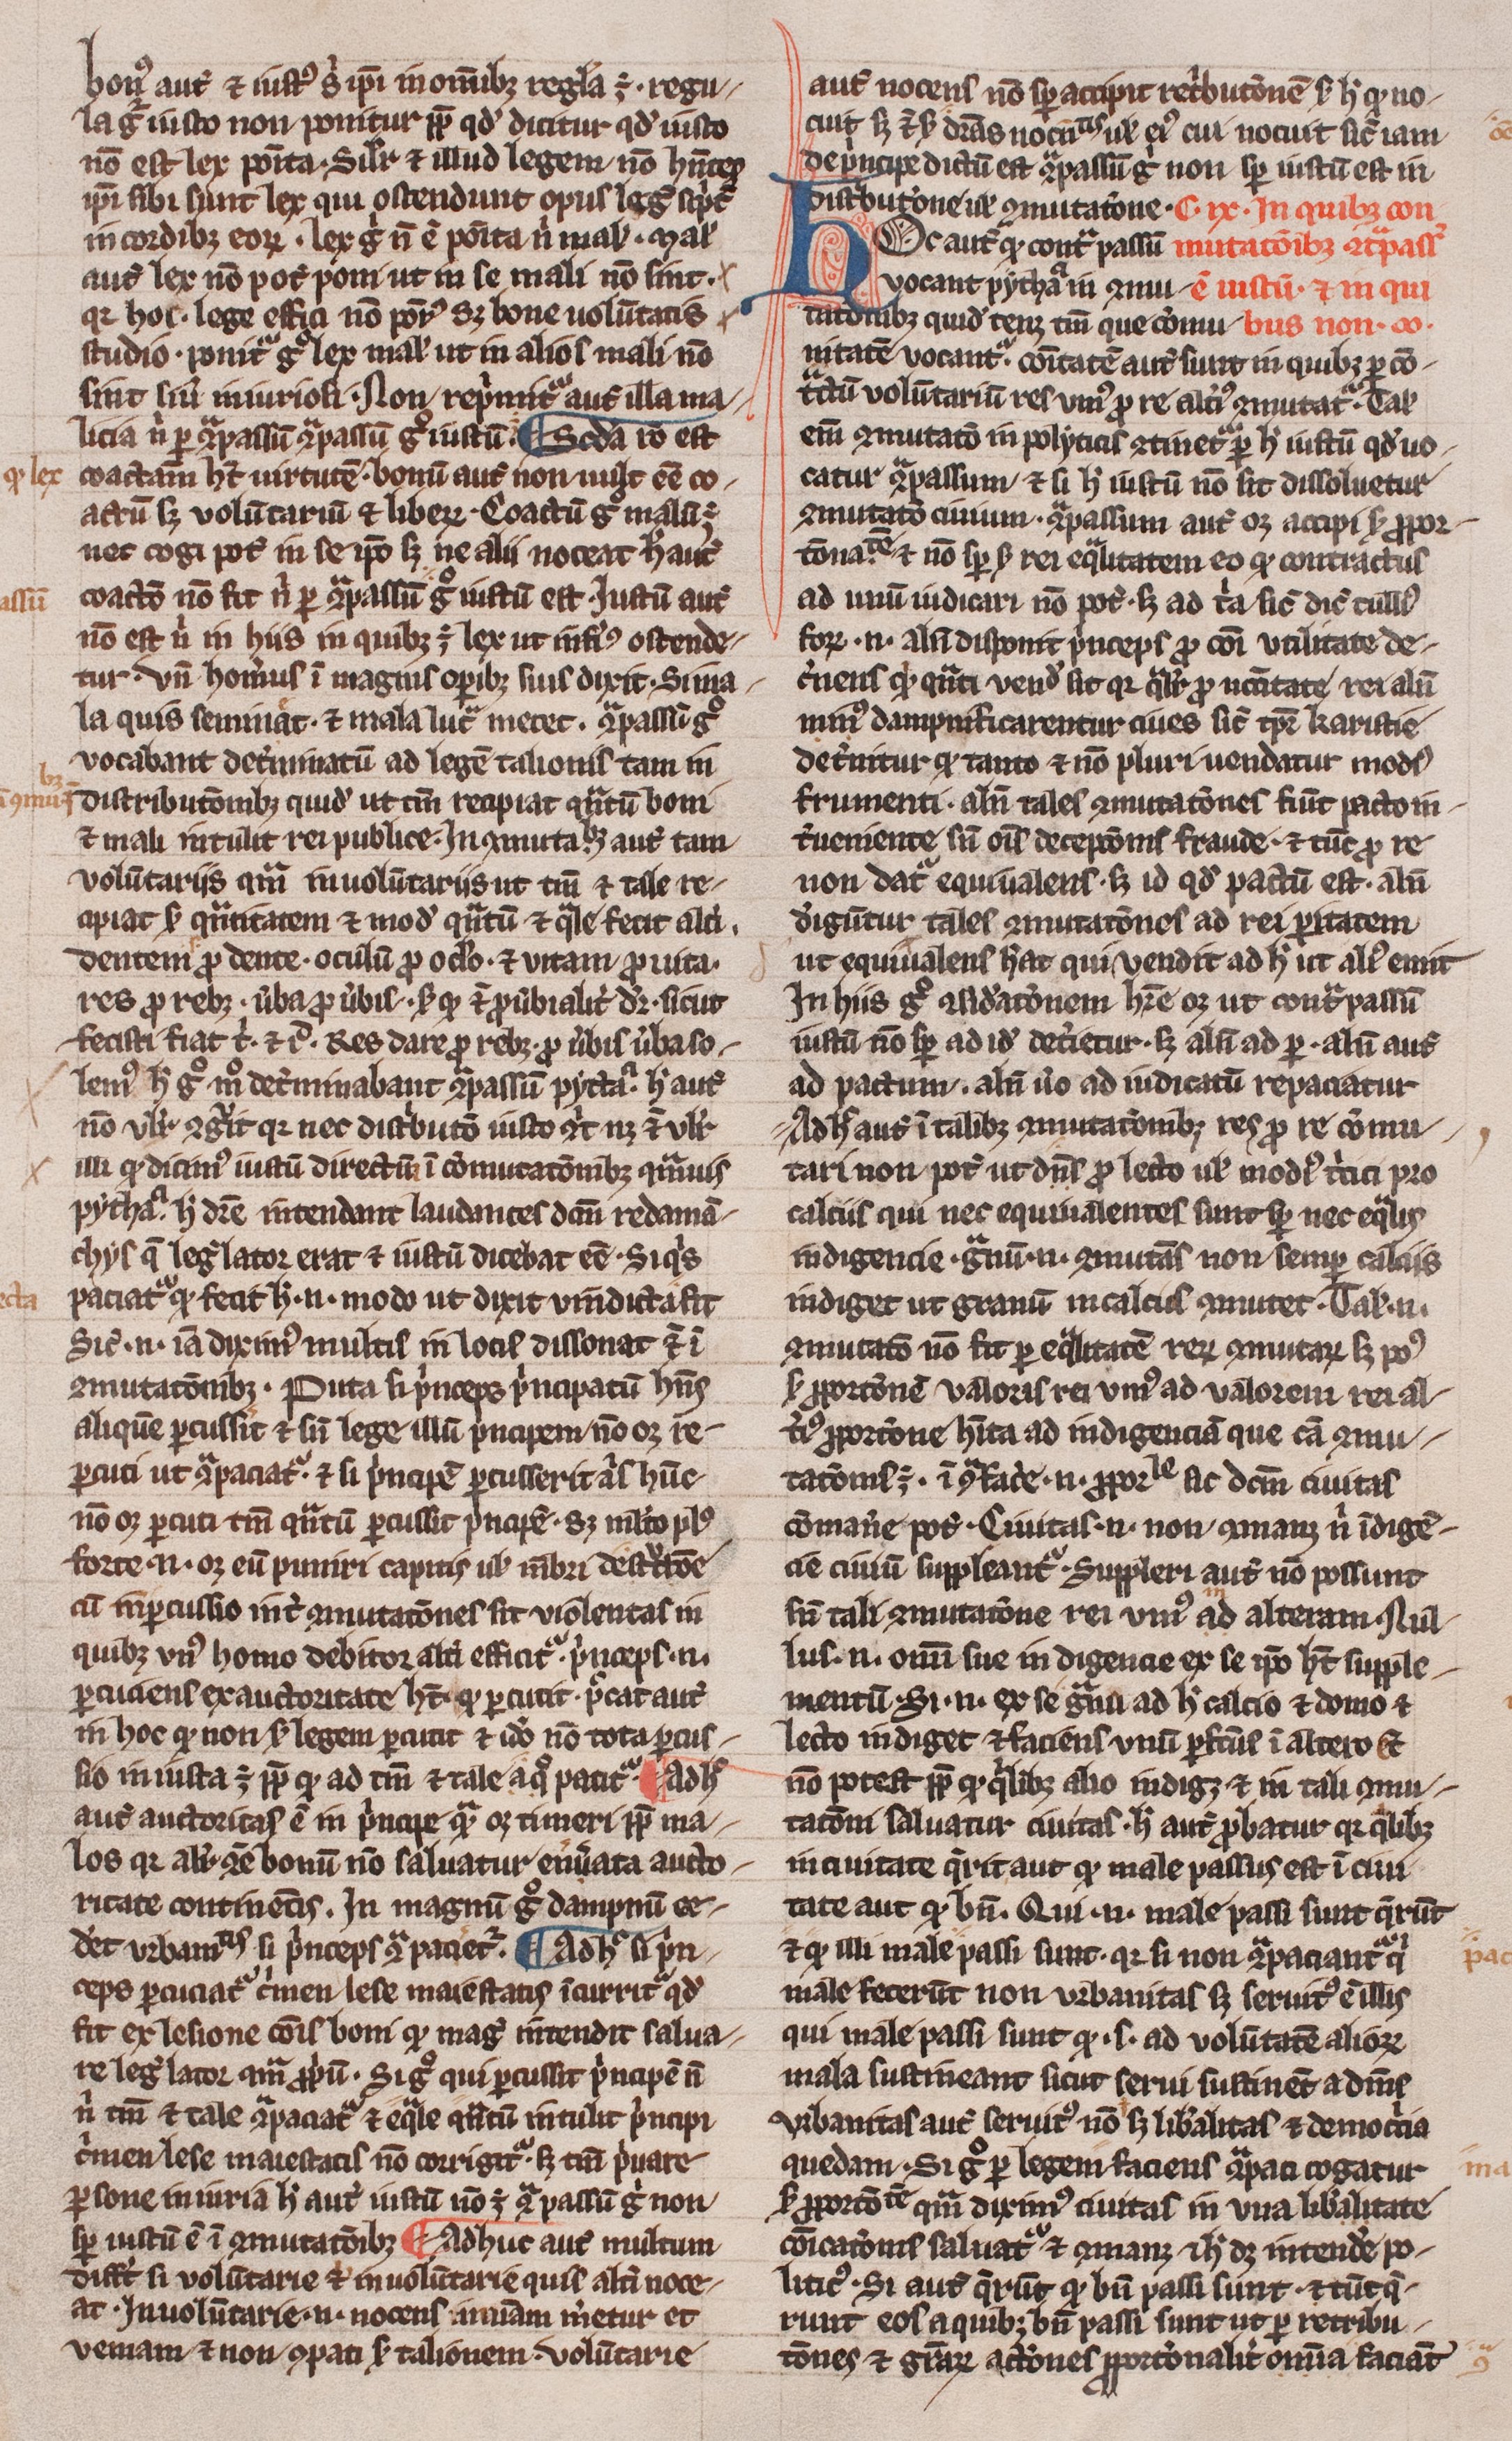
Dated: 1300–1399